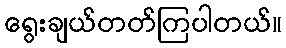
ရွေးချယ်တတ်ကြပါတယ်။